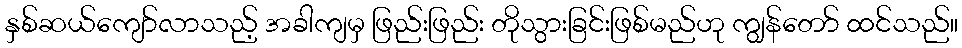
နှစ်ဆယ်ကျော်လာသည့် အခါကျမှ ဖြည်းဖြည်း တိုသွားခြင်းဖြစ်မည်ဟု ကျွန်တော် ထင်သည်။